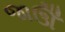
જાઊઁ